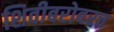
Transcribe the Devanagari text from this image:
शिवीबरोबरच